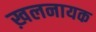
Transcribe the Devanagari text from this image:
ख़लनायक